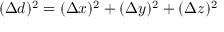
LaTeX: ( \Delta { d } ) ^ { 2 } = ( \Delta { x } ) ^ { 2 } + ( \Delta { y } ) ^ { 2 } + ( \Delta { z } ) ^ { 2 }